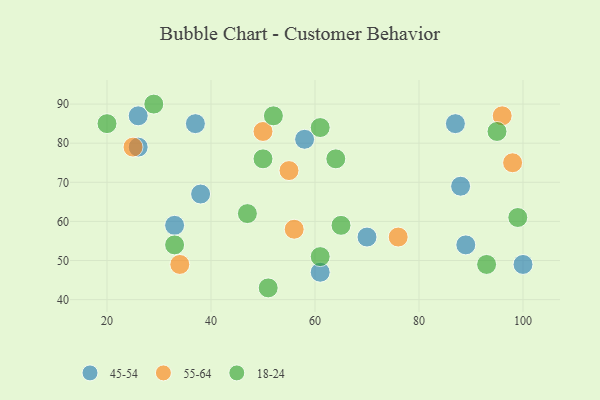
{"axis": {"x": "GDP", "y": "Life Expectancy"}, "legend": ["18-24", "45-54", "55-64"], "data": [{"x": "100", "y": 49, "type": "45-54"}, {"x": "26", "y": 79, "type": "45-54"}, {"x": "87", "y": 85, "type": "45-54"}, {"x": "26", "y": 87, "type": "45-54"}, {"x": "89", "y": 54, "type": "45-54"}, {"x": "58", "y": 81, "type": "45-54"}, {"x": "70", "y": 56, "type": "45-54"}, {"x": "88", "y": 69, "type": "45-54"}, {"x": "37", "y": 85, "type": "45-54"}, {"x": "33", "y": 59, "type": "45-54"}, {"x": "38", "y": 67, "type": "45-54"}, {"x": "61", "y": 47, "type": "45-54"}, {"x": "55", "y": 73, "type": "55-64"}, {"x": "25", "y": 79, "type": "55-64"}, {"x": "96", "y": 87, "type": "55-64"}, {"x": "98", "y": 75, "type": "55-64"}, {"x": "56", "y": 58, "type": "55-64"}, {"x": "50", "y": 83, "type": "55-64"}, {"x": "76", "y": 56, "type": "55-64"}, {"x": "34", "y": 49, "type": "55-64"}, {"x": "52", "y": 87, "type": "18-24"}, {"x": "93", "y": 49, "type": "18-24"}, {"x": "99", "y": 61, "type": "18-24"}, {"x": "64", "y": 76, "type": "18-24"}, {"x": "29", "y": 90, "type": "18-24"}, {"x": "95", "y": 83, "type": "18-24"}, {"x": "47", "y": 62, "type": "18-24"}, {"x": "50", "y": 76, "type": "18-24"}, {"x": "65", "y": 59, "type": "18-24"}, {"x": "33", "y": 54, "type": "18-24"}, {"x": "61", "y": 51, "type": "18-24"}, {"x": "51", "y": 43, "type": "18-24"}, {"x": "20", "y": 85, "type": "18-24"}, {"x": "61", "y": 84, "type": "18-24"}]}